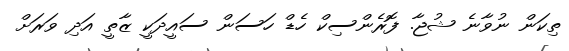
ތިކަން ނުވާނެ ޝުޖާ. ފޮރެންސިކް ހެޑް ހަސަން ސައީދަކީ ޒާތީ އަދި ވަރަށް